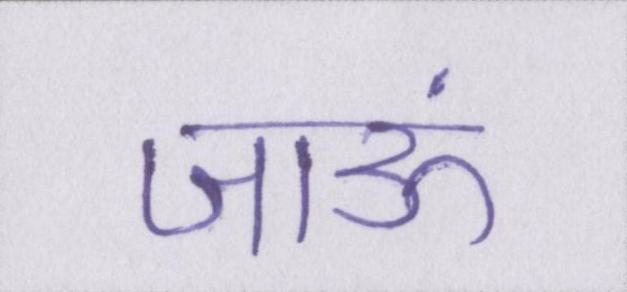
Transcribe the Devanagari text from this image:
जाऊं